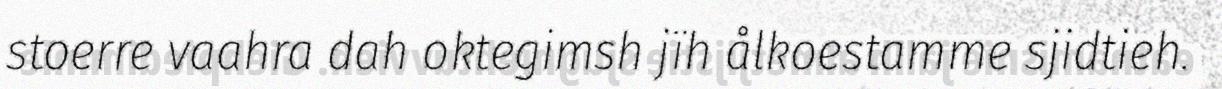
stoerre vaahra dah oktegimsh jïh ålkoestamme sjidtieh.